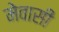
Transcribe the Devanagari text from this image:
मेवासी